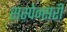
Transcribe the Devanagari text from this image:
सस्पेन्सरी